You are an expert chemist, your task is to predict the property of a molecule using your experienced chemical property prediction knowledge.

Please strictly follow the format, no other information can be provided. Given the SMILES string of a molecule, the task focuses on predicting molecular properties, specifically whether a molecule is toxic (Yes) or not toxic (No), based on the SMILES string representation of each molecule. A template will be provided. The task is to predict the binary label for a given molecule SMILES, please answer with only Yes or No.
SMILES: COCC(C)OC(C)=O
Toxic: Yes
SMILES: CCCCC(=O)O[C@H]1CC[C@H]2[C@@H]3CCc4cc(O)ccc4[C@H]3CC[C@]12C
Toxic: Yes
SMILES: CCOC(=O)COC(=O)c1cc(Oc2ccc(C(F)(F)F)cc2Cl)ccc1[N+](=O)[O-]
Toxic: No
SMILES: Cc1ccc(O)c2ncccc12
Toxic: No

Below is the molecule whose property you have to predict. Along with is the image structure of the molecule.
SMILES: CNc1ncnc2[nH]cnc12
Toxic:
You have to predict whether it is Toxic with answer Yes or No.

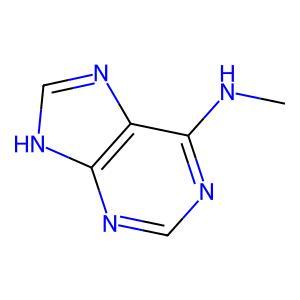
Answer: No